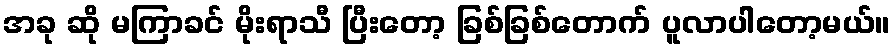
အခု ဆို မကြာခင် မိုးရာသီ ပြီးတော့ ခြစ်ခြစ်တောက် ပူလာပါတော့မယ်။